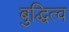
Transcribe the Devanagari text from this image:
बुद्धित्व